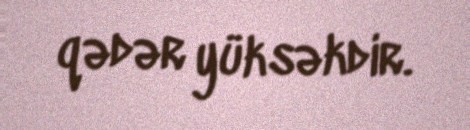
qədər yüksəkdir.